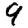
Digit: 9